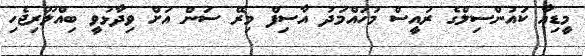
މީޑިއާ ކައުންސިލްގެ ރައީސް މުހައްމަދު އާސިފް މިރޭ ސަން އަށް ވިދާޅުވީ ބިއްލޫރިޖެހި